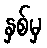
နှစ်မှ